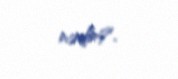
nədir?.